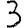
Digit: 3